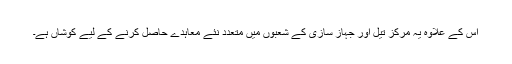
اس کے علاوہ یہ مرکز تیل اور جہاز سازی کے شعبوں میں متعدد نئے معاہدے حاصل کرنے کے لیے کوشاں ہے۔